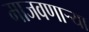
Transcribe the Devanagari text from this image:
माजवणाऱ्या